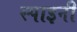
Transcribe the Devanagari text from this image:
स्पाइनी